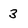
Character: 3